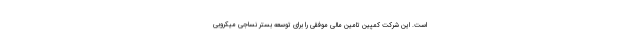
است. این شرکت کمپین تامین مالی موفقی را برای توسعه بستر نساجی میکروبی